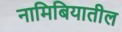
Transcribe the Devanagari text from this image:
नामिबियातील